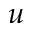
u